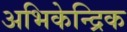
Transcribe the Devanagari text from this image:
अभिकेन्द्रिक